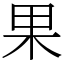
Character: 果